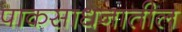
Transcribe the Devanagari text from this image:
पाकसाधनातील